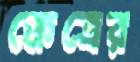
ক্ষেত্রের